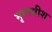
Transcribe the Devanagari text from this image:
मृगाधीश